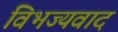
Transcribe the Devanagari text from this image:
विभज्यवाद